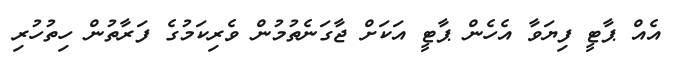
އެއް ޕާޓީ ފިޔަވާ އެހެން ޕާޓީ އަކަށް ޖާގަނެތުމުން ވެރިކަމުގެ ފަރާތުން ހިތުހުރި